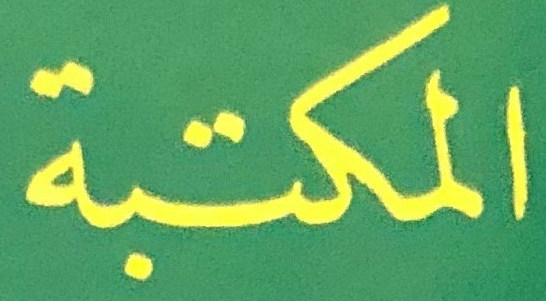
المكتبة